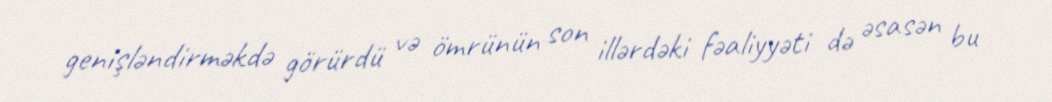
genişləndirməkdə görürdü və ömrünün son illərdəki fəaliyyəti də əsasən bu